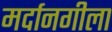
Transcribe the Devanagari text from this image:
मर्दानगीला